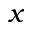
x